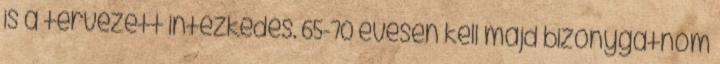
is a tervezett intézkedés. 65-70 évesen kell majd bizonygatnom